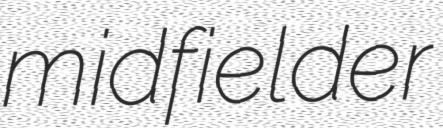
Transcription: midfielder